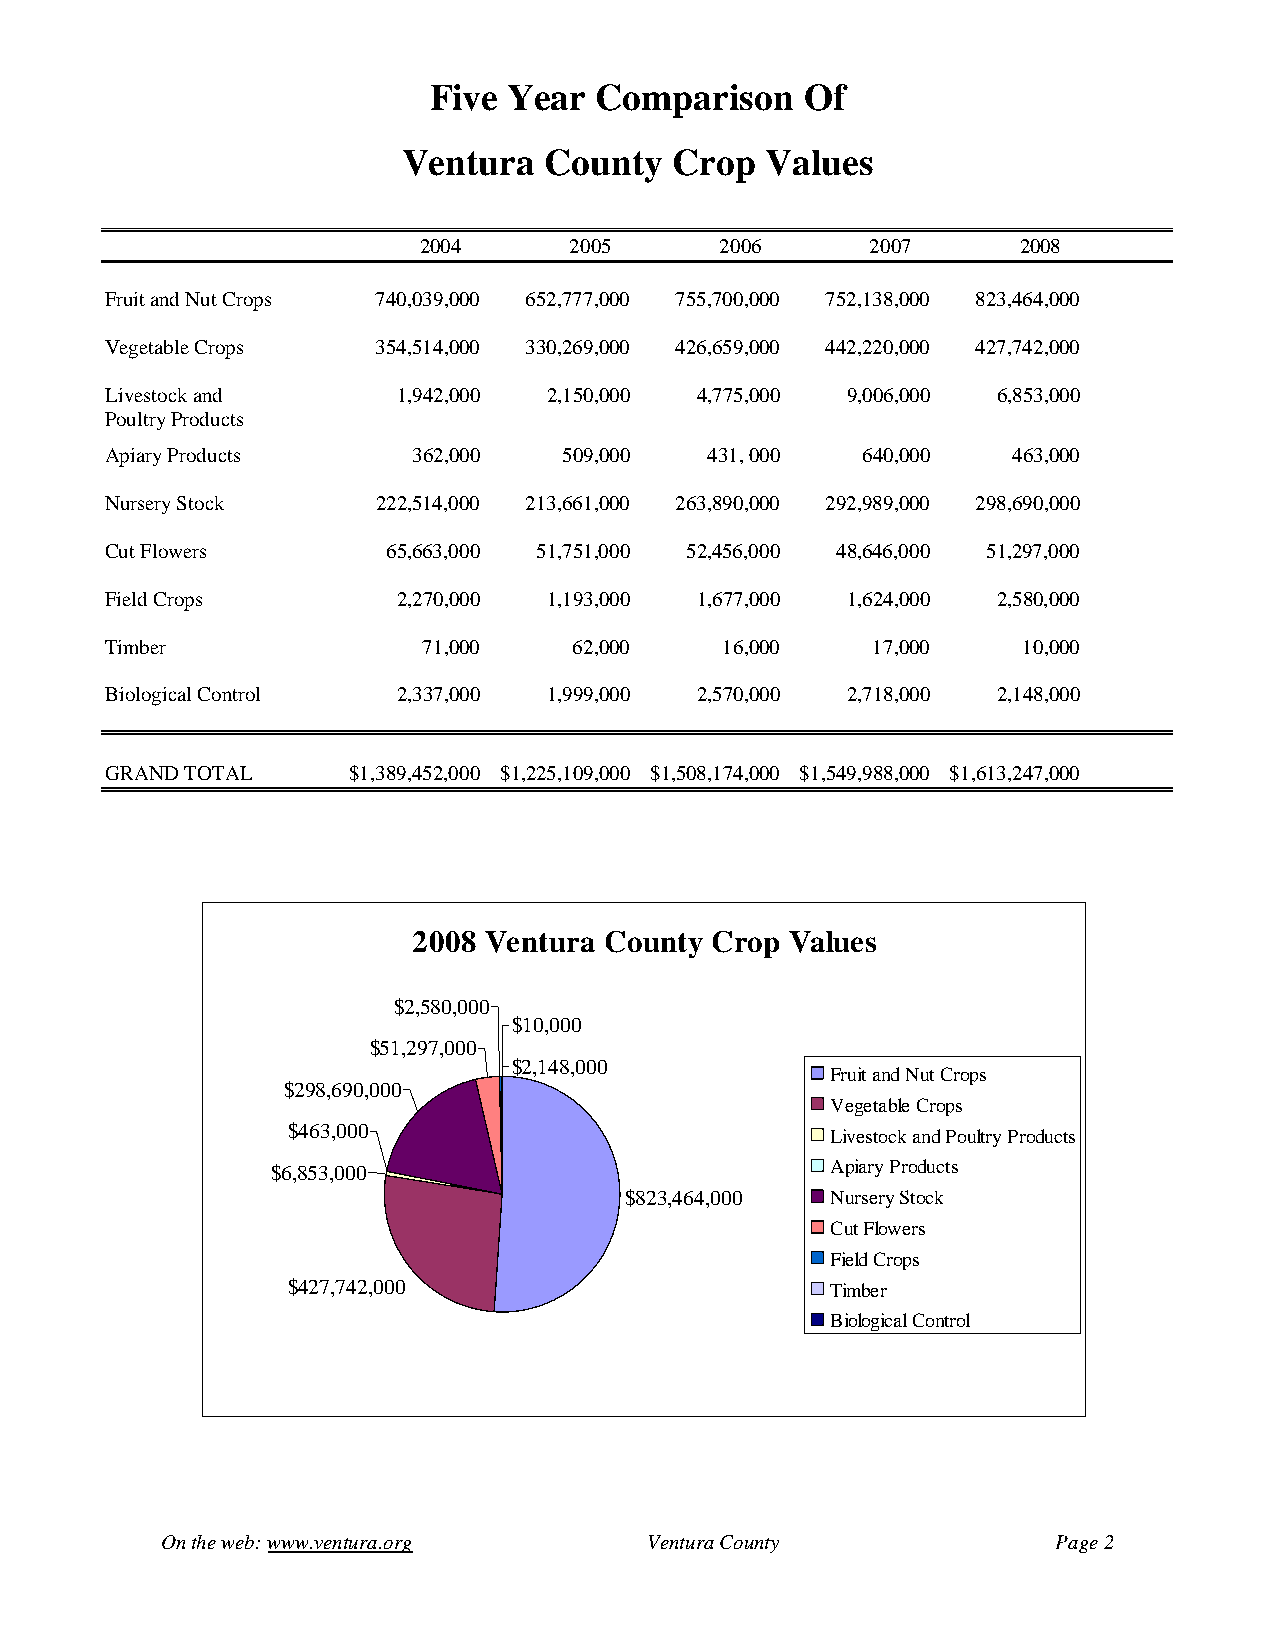
Five  Year Comparison    Of
 Ventura  County   Crop  Values
 2004      2005      2006      2007      2008
 Fruit and Nut Crops 740,039,000 652,777,000 755,700,000 752,138,000 823,464,000
 Vegetable Crops   354,514,000 330,269,000 426,659,000 442,220,000 427,742,000
 Livestock and      1,942,000 2,150,000 4,775,000 9,006,000 6,853,000
 Poultry Products
 Apiary Products     362,000   509,000   431, 000  640,000   463,000
 Nursery Stock     222,514,000 213,661,000 263,890,000 292,989,000 298,690,000
 Cut Flowers        65,663,000 51,751,000 52,456,000 48,646,000 51,297,000
 Field Crops        2,270,000 1,193,000 1,677,000 1,624,000 2,580,000
 Timber               71,000    62,000    16,000    17,000    10,000
 Biological Control 2,337,000 1,999,000 2,570,000 2,718,000 2,148,000
 GRAND TOTAL     $1,389,452,000 $1,225,109,000 $1,508,174,000 $1,549,988,000 $1,613,247,000
 2008 Ventura County Crop Values
 $2,580,000
 $10,000
 $51,297,000
 $2,148,000
 Fruit and Nut Crops
 $298,690,000
 Vegetable Crops
 $463,000                            Livestock and Poultry Products
 $6,853,000                           Apiary Products
 $823,464,000  Nursery Stock
 Cut Flowers
 Field Crops
 $427,742,000                        Timber
 Biological Control
 On the web: www.ventura.org     Ventura County             Page 2